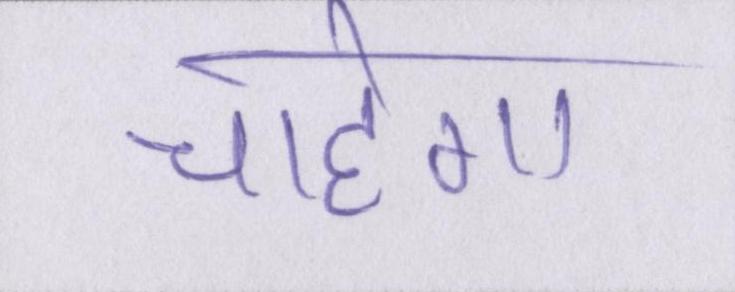
चाहेगा